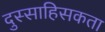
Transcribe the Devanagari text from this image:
दुस्साहिसकता